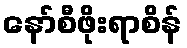
နော်စီဖိုးရာစိန်